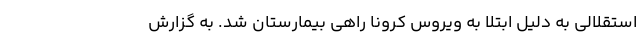
استقلالی به دلیل ابتلا به ویروس کرونا راهی بیمارستان شد. به گزارش